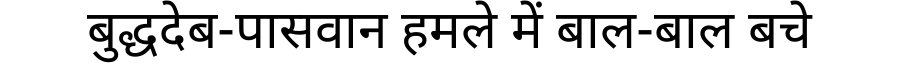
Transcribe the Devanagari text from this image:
बुद्धदेब-पासवान हमले में बाल-बाल बचे